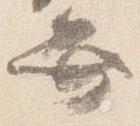
弁